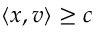
\langle x , v \rangle \geq c